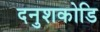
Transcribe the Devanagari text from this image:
दनुशकोडि